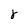
Character: j